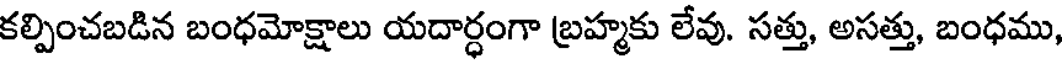
కల్పించబడిన బంధమోక్షాలు యదార్ధంగా బ్రహ్మకు లేవు. సత్తు, అసత్తు, బంధము,